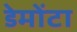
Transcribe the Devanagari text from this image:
डेमोंटा